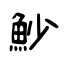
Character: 魦